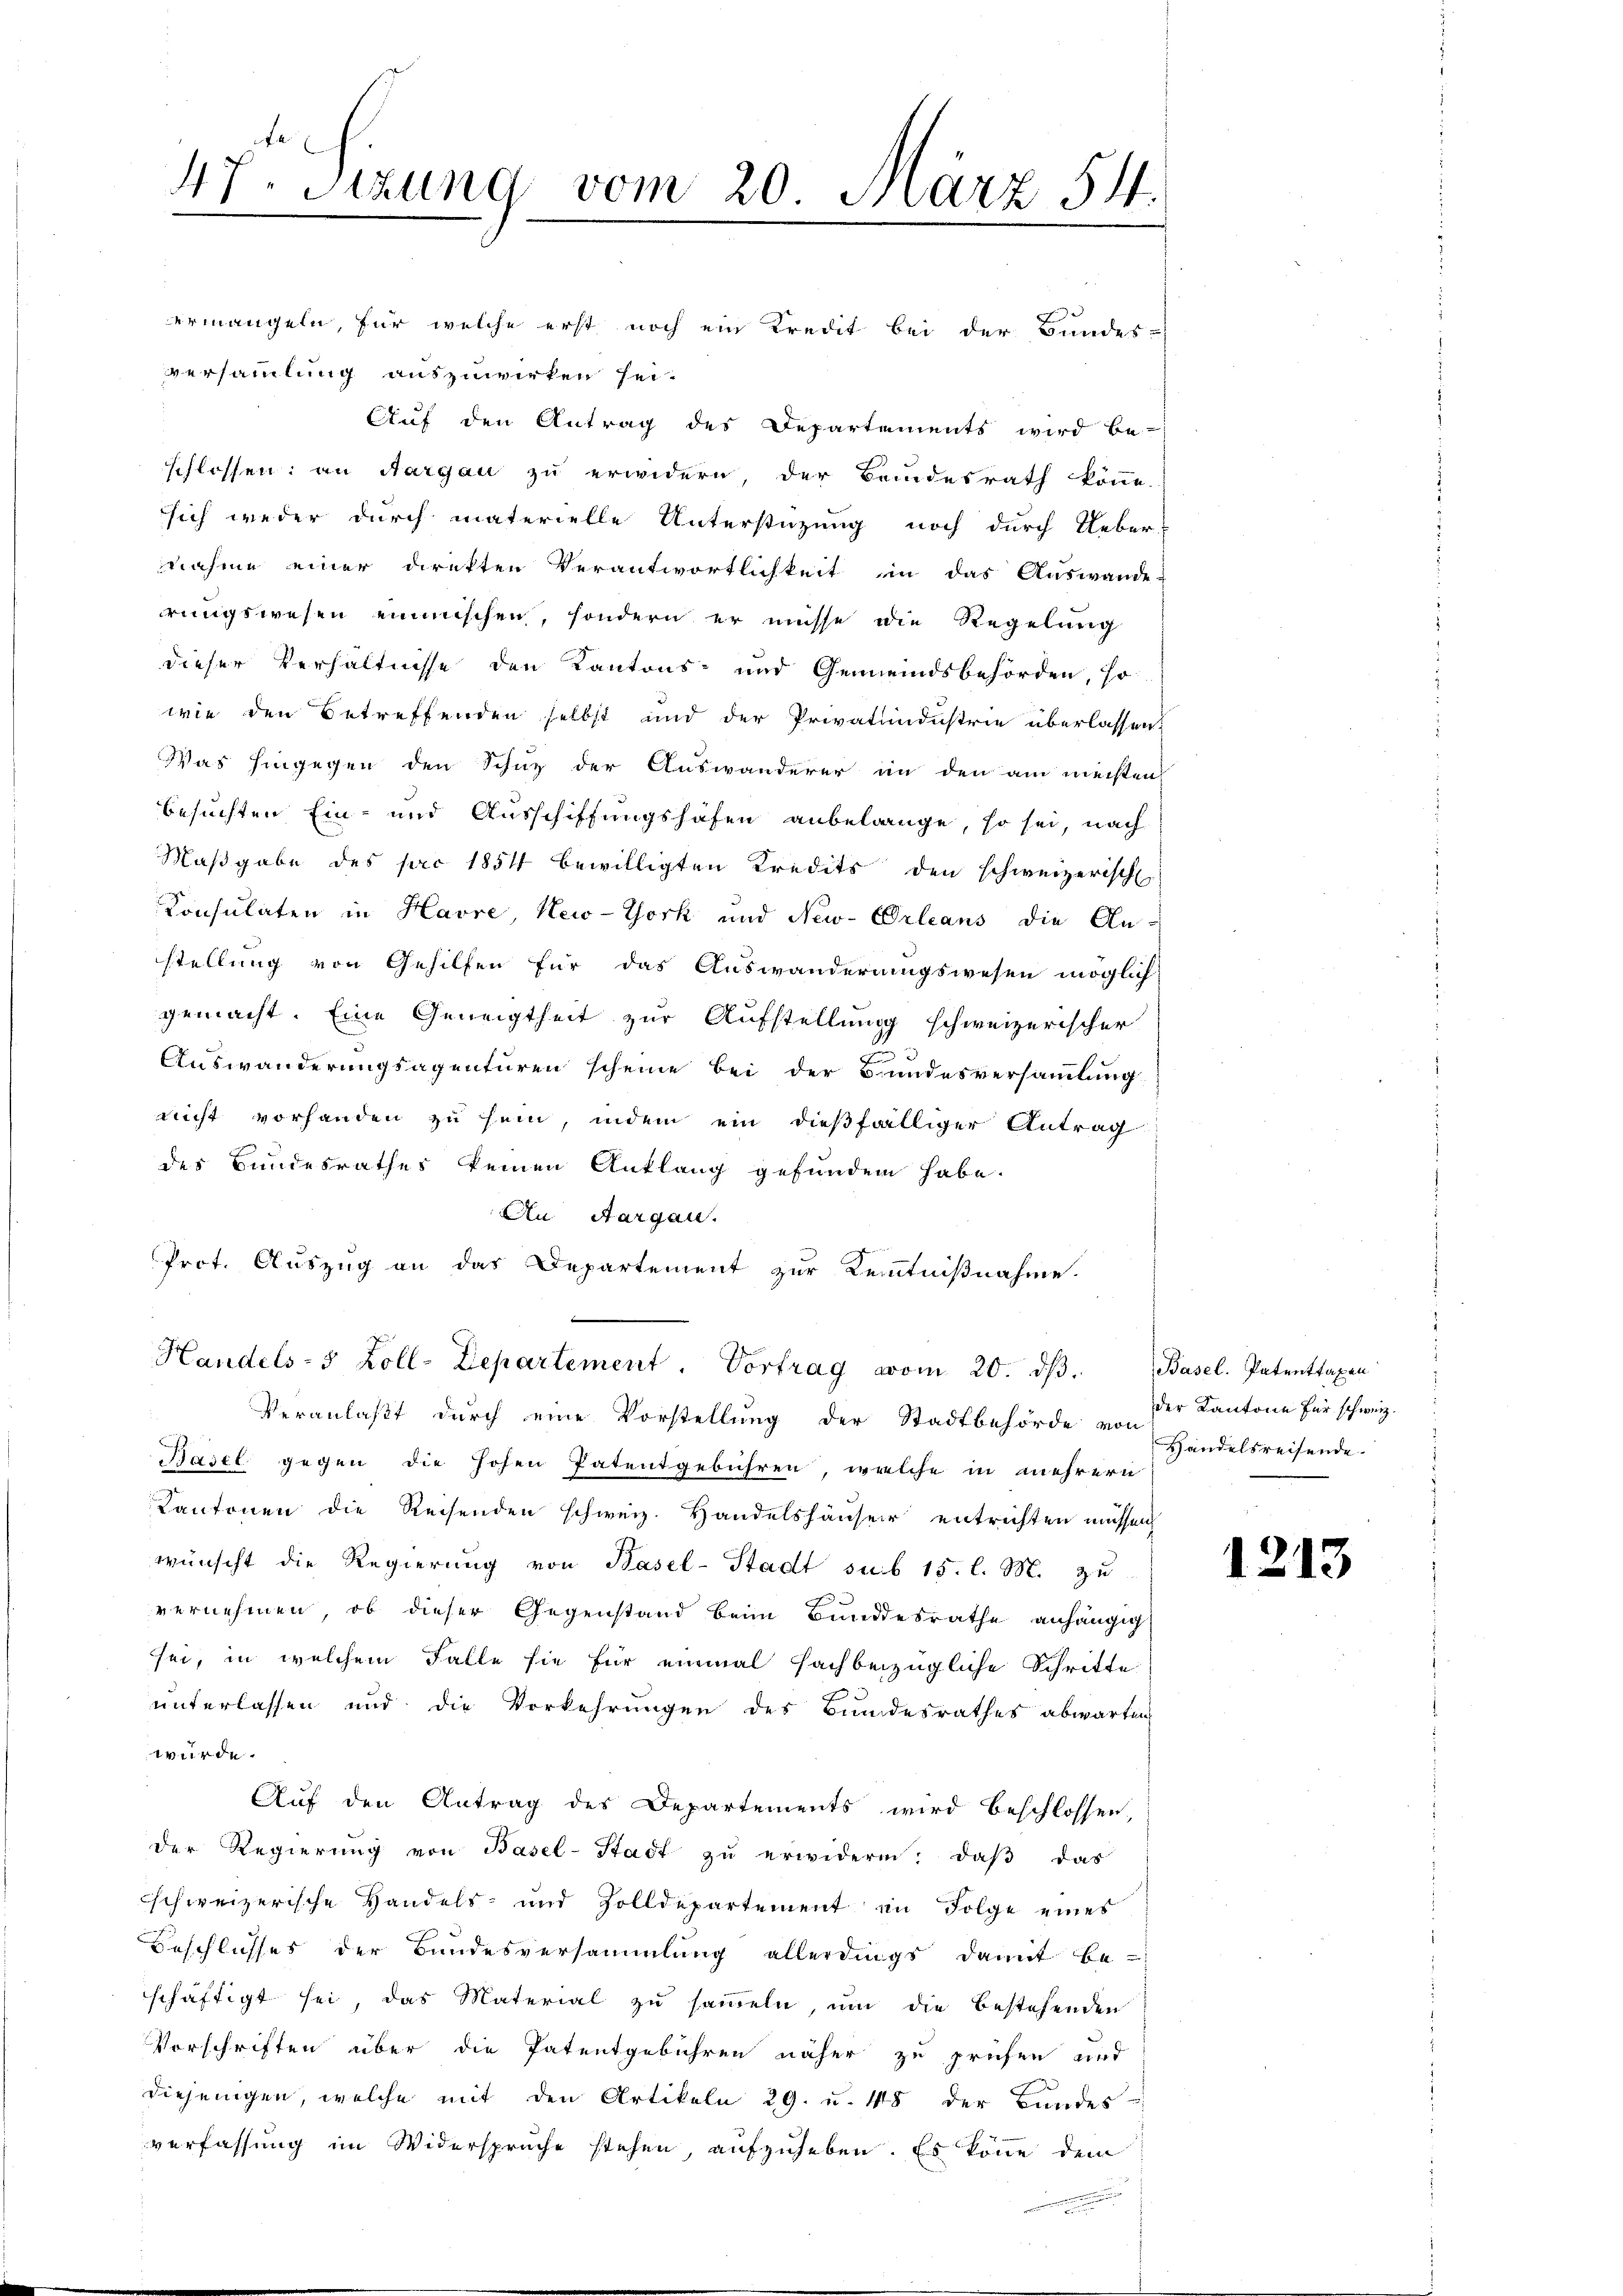
ermangeln, für welche erst noch ein Kredit bei der Bundes-
versammlung auszuwirken sei.
Auf den Antrag des Departements wird be-
schlossen; an Aargau zu erwidern, der Beindesrath könne.
sich weder durch materielle Unterstüzung noch durch Ueber
nahme einer direkten Verantwortlichkeit in das Auswande
rungswesen einmischen, sondern er müsse die Regelung
dieser Verhältnisse den Kantons- und Gemeindsbehörden, so
wie den Betreffenden selbst und der Privatindustrie überlassen:
Was hingegen den Schuz der Auswanderer in den am meisten
besuchten Ein- und Ausschiffungshofen anbelange, so sei, nach
Maßgabe des pro 1854 bewilligten Kredits den schweizerisch
Consulaten in Havre, New-York und New-Orleans die An-
stellung von Gehilfen für das Auswanderungswesen möglich
gemacht. Eine Geneigtheit zur Aufstellung schweizerischer
Auswanderungsagenturen scheine bei der Bundesversammlung
nicht vorhanden zu sein, indem ein dießfälliger Antrag
des Bundesrathes keinen Anklang gefunden habe.
An Aargau.
Prot. Auszug an das Departement zur Kenntnißnahme.
Handels- 5 Zoll-Departement. Vortrag vom 20. dβ. Basel. Patenttaxen
Veranlaßt durch eine Vorstellung der Stadtbehörde von Hindelsreisende
Basel gegen die hohen Patentgebühren, welche in mehrern
Kantonen die Reisenden schweiz. Handelshäuser entrichten müssen
wünscht die Regierung von Basel-Stadt sub 15. l. M. zu
vernehmen, ob dieser Gegenstand beim Bundesrathe anhängig
sei, in welchem Falle sie für einmal sachbezügliche Schritte
unterlassen und die Vorkehrungen des Bundesrathes abwarten
würde.
Auf den Antrag des Departements wird beschlossen,
der Regierŭng von Basel-Stadt zŭ erwiderm. daβ das
schweizerische Handels- und Zolldepartement in Folge eines
Beschlusses der Bundesversammlung allerdings damit be-
schäftigt sei, das Material zu sammeln, um die bestehenden
Vorschriften über die Patentgebühren näher zu prüfen und
diejenigen, welche mit den Artikeln 29. u. 48 der Bundes-
verfassung im Widersprüche stehen, aufzuheben. Es könne dem
.

47. Sizung vom 20. März 54.
.

der Kantone für schweiz.

1213